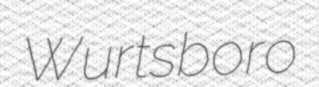
Wurtsboro